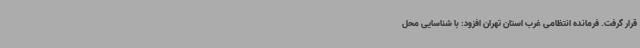
قرار گرفت. فرمانده انتظامی غرب استان تهران افزود: با شناسایی محل